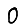
Digit: 0